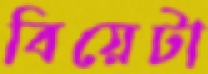
বিয়েটা